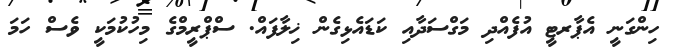
ހިންގަނީ އެޕާރޓީ އުފެއްދި މަގްސަދާއި ކަޑައެޅިގެން ޚިލާފައް. ސްޕްރީމްގެ މިހުކުމަކީ ވެސް ހަމަ